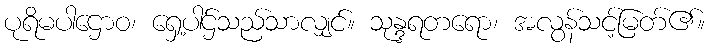
ပုရိမပါဌောဝ၊ ရှေ့ပါဌ်သည်သာလျှင်။ သုန္ဒရတရော၊ အလွန်သင့်မြတ်၏။